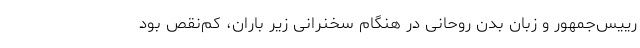
رییس‌جمهور و زبان بدن روحانی در هنگام سخنرانی زیر باران، کم‌نقص بود